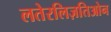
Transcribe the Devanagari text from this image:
लतेरलिज़तिओन